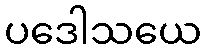
ပဒေါသယေ